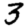
Digit: 3